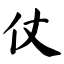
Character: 仗